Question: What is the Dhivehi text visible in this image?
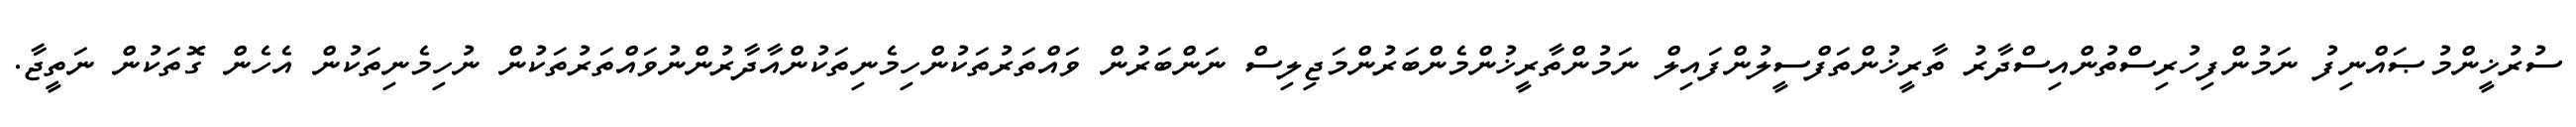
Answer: ސުރުޚީންމުޞައްނިފު ނަމުންފިހުރިސްތުންއިސްދާރު ތާރީޚުންތަފްސީލުންފައިލް ނަމުންތާރީޚުންމެންބަރުންމަޖިލިސް ނަންބަރުން ވައްތަރުތަކުންހިމެނިތަކުންއާދާރުންނުވައްތަރުތަކުން ނުހިމެނިތަކުން އެހެން ގޮތަކުން ނަތީޖާ.